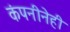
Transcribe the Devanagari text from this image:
कंपनीनेही